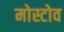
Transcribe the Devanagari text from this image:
मोस्टोव